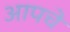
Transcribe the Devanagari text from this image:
आपचे